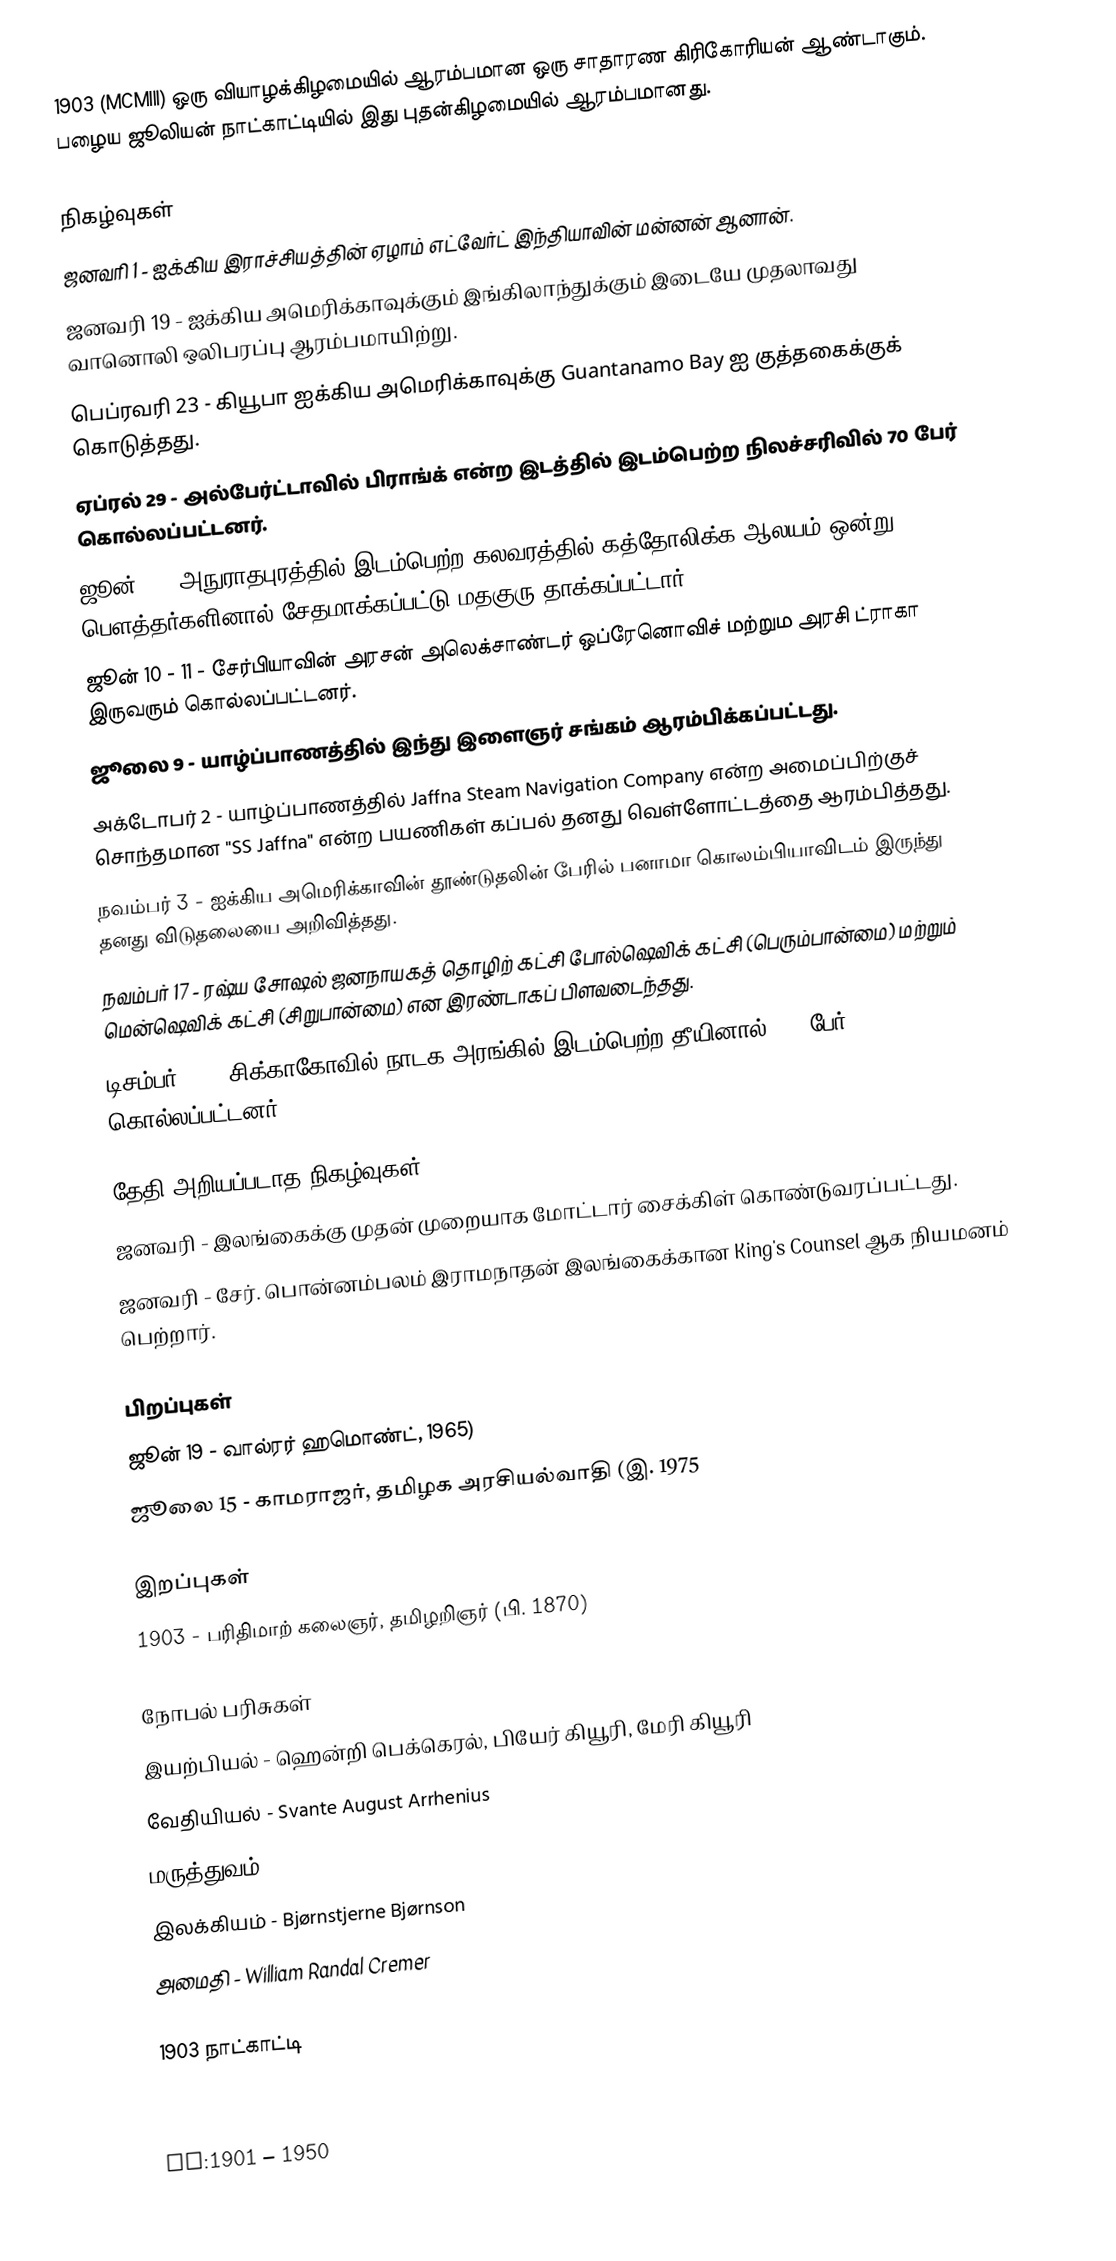
1903  (MCMIII) ஒரு வியாழக்கிழமையில் ஆரம்பமான ஒரு சாதாரண கிரிகோரியன் ஆண்டாகும். பழைய ஜூலியன் நாட்காட்டியில் இது புதன்கிழமையில் ஆரம்பமானது.

நிகழ்வுகள்
 ஜனவரி 1 - ஐக்கிய இராச்சியத்தின் ஏழாம் எட்வேர்ட் இந்தியாவின் மன்னன் ஆனான்.
 ஜனவரி 19 - ஐக்கிய அமெரிக்காவுக்கும் இங்கிலாந்துக்கும் இடையே முதலாவது வானொலி ஒலிபரப்பு ஆரம்பமாயிற்று.
 பெப்ரவரி 23 - கியூபா ஐக்கிய அமெரிக்காவுக்கு Guantanamo Bay ஐ குத்தகைக்குக் கொடுத்தது.
 ஏப்ரல் 29 - அல்பேர்ட்டாவில் பிராங்க் என்ற இடத்தில் இடம்பெற்ற நிலச்சரிவில் 70 பேர் கொல்லப்பட்டனர்.
 ஜூன் 9 - அநுராதபுரத்தில் இடம்பெற்ற கலவரத்தில் கத்தோலிக்க ஆலயம் ஒன்று பௌத்தர்களினால் சேதமாக்கப்பட்டு மதகுரு தாக்கப்பட்டார்.
 ஜூன் 10 - 11 - சேர்பியாவின் அரசன் அலெக்சாண்டர் ஒப்ரேனொவிச் மற்றும அரசி ட்ராகா இருவரும் கொல்லப்பட்டனர்.
 ஜூலை 9 - யாழ்ப்பாணத்தில் இந்து இளைஞர் சங்கம் ஆரம்பிக்கப்பட்டது.
 அக்டோபர் 2 - யாழ்ப்பாணத்தில் Jaffna Steam Navigation Company என்ற அமைப்பிற்குச் சொந்தமான "SS Jaffna" என்ற பயணிகள் கப்பல் தனது வெள்ளோட்டத்தை ஆரம்பித்தது.
 நவம்பர் 3 - ஐக்கிய அமெரிக்காவின் தூண்டுதலின் பேரில் பனாமா கொலம்பியாவிடம் இருந்து தனது விடுதலையை அறிவித்தது.
 நவம்பர் 17 - ரஷ்ய சோஷல் ஜனநாயகத் தொழிற் கட்சி போல்ஷெவிக் கட்சி (பெரும்பான்மை) மற்றும் மென்ஷெவிக் கட்சி (சிறுபான்மை) என இரண்டாகப் பிளவடைந்தது.
 டிசம்பர் 30 - சிக்காகோவில் நாடக அரங்கில் இடம்பெற்ற தீயினால் 600 பேர் கொல்லப்பட்டனர்.

தேதி அறியப்படாத நிகழ்வுகள்
 ஜனவரி - இலங்கைக்கு முதன் முறையாக மோட்டார் சைக்கிள் கொண்டுவரப்பட்டது.
 ஜனவரி - சேர். பொன்னம்பலம் இராமநாதன் இலங்கைக்கான King's Counsel ஆக நியமனம் பெற்றார்.

பிறப்புகள்
 ஜூன் 19 - வால்ரர் ஹமொண்ட், 1965)
 ஜூலை 15 - காமராஜர், தமிழக அரசியல்வாதி (இ. 1975

இறப்புகள்
 1903 - பரிதிமாற் கலைஞர், தமிழறிஞர் (பி. 1870)

நோபல் பரிசுகள்
 இயற்பியல் - ஹென்றி பெக்கெரல், பியேர் கியூரி, மேரி கியூரி
 வேதியியல் - Svante August Arrhenius
 மருத்துவம் - Niels Ryberg Finsen
 இலக்கியம் - Bjørnstjerne Bjørnson
 அமைதி -  William Randal Cremer

1903 நாட்காட்டி

nv:1901 – 1950